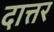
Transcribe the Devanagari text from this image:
दात्तर